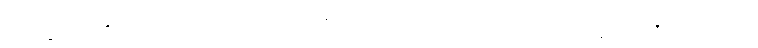
သိက္ခာပုဒ်နှင့်တူသော၊ လဟုက အာပတ်တွင် သဟသေယျသိက္ခာပုဒ်နှင့်တူသော